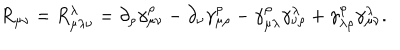
R _ { \mu \nu } = R _ { \mu \lambda \nu } ^ { \lambda } = \partial _ { \rho } \gamma _ { \mu \nu } ^ { \rho } - \partial _ { \nu } \gamma _ { \mu \rho } ^ { \rho } - \gamma _ { \mu \lambda } ^ { \rho } \gamma _ { \nu \rho } ^ { \lambda } + \gamma _ { \lambda \rho } ^ { \rho } \gamma _ { \mu \nu } ^ { \lambda } .